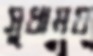
সুধাময়